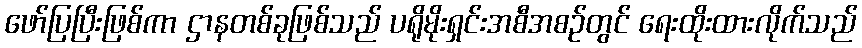
ဖော်ပြပြီးဖြစ်ကာ ဌာနတစ်ခုဖြစ်သည် ပရိုမိုးရှင်းအစီအစဉ်တွင် ရေးထိုးထားလိုက်သည်